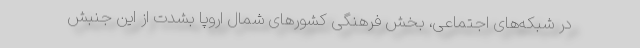
در شبکه‌های اجتماعی، بخش فرهنگی کشورهای شمال اروپا بشدت از این جنبش